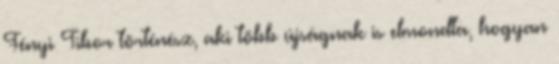
Fényi Tibor történész, aki több újságnak is elmondta, hogyan